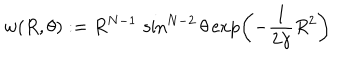
w ( R , \theta ) : = R ^ { N - 1 } \, \sin ^ { N - 2 } \theta \exp \left( - \frac { 1 } { 2 \gamma } R ^ { 2 } \right)